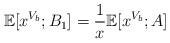
LaTeX: \begin{align*}\mathbb{E}[x^{V_b};B_1]=\frac{1}{x}\mathbb{E}[x^{V_b};A]\end{align*}